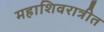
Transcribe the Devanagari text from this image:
महाशिवरात्रीत